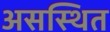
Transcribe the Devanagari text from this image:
असस्थित